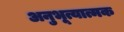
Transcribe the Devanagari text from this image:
अनुभूत्यात्मक